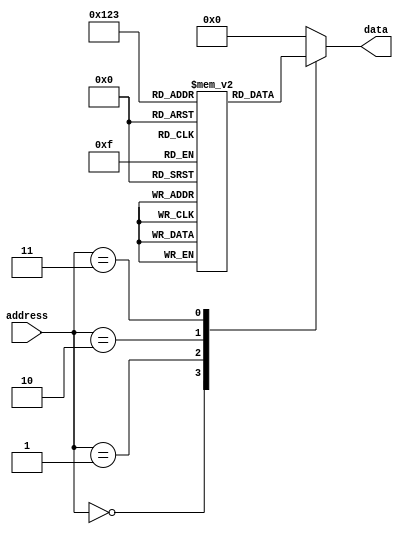
module ROM (
    input wire [N-1:0] address,
    output reg [M-1:0] data
);

parameter N = 4; // Address width
parameter M = 8; // Data width

reg [M-1:0] memory [0:(2**N)-1];

initial begin
    // Initialize memory with data values
    memory[0] = 8'b00000000;
    memory[1] = 8'b00000001;
    memory[2] = 8'b00000010;
    memory[3] = 8'b00000011;
    // Add more memory blocks as needed
end

always @(*) begin
    // Address decoding logic to select the correct memory block
    case (address)
        4'b0000: data = memory[0];
        4'b0001: data = memory[1];
        4'b0010: data = memory[2];
        4'b0011: data = memory[3];
        // Add more cases for additional memory blocks
        default: data = 0;
    endcase
end

endmodule